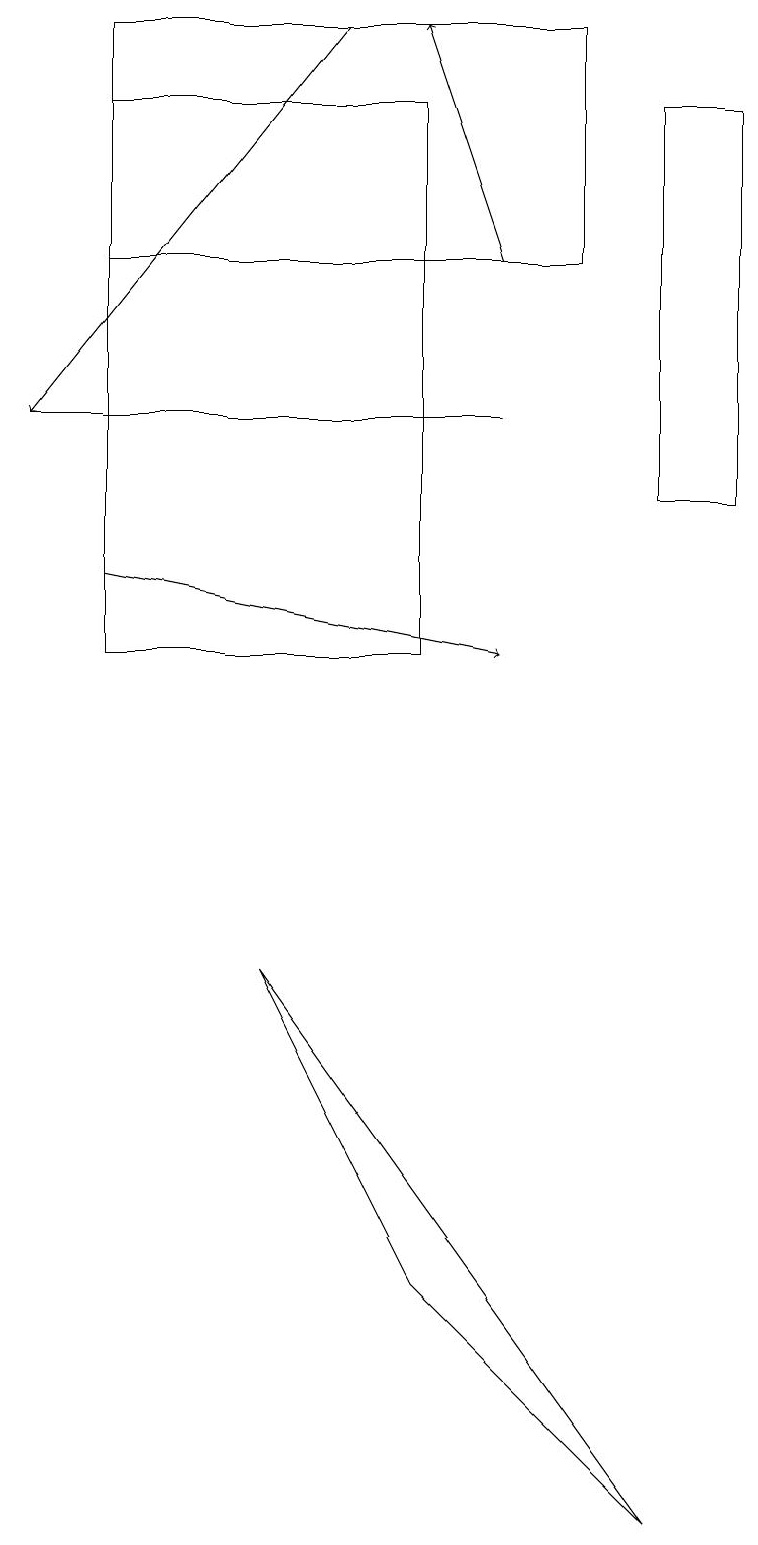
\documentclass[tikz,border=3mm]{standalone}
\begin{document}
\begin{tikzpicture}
\draw (3,7) -- (8,0) -- (5,3) -- cycle;
\draw (9,18) rectangle (8,13);
\draw (6,14) rectangle (0,14);
\draw (1,19) rectangle (7,16);
\draw[->] (6,16) -- (5,19);
\draw[->] (4,19) -- (0,14);
\draw (1,11) rectangle (5,18);
\draw[->] (1,12) -- (6,11);
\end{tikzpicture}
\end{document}